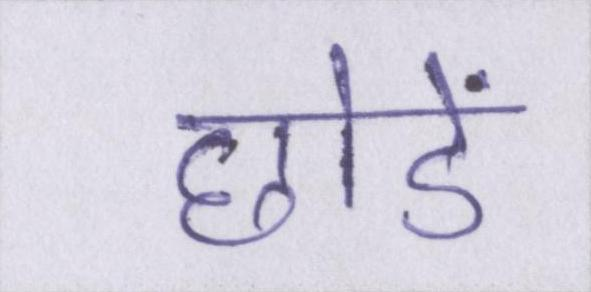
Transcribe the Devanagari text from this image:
छोडें